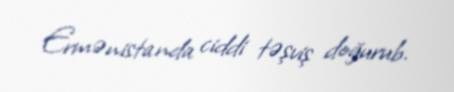
Ermənistanda ciddi təşviş doğurub.